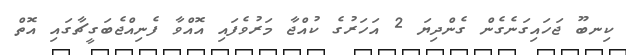
ކިނބޫ ޖަހައިގަނެގެން ގެންދިޔަ 2 އަހަރުގެ ކުއްޖާ މަރުވެފައި އޮއްވާ ފެނިއްޖެބަގީޗާގައި އޮތް